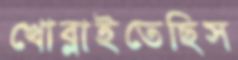
খোব্‌লাইতেছিস